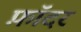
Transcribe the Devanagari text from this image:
फ़ॉदर